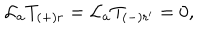
LaTeX: { \cal L } _ { a } T _ { ( + ) r } = { \cal L } _ { a } T _ { ( - ) r ^ { \prime } } = 0 ,